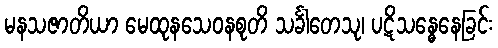
မနသဇာတိယာ မေထုနသေဝနစုတိ သင်္ခါတေသု၊ ပဋိသန္ဓေနေခြင်း